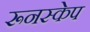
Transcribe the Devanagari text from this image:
रूनस्केप